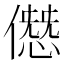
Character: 𠎱